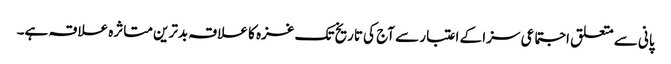
پانی سے متعلق اجتماعی سزا کے اعتبار سے آج کی تاریخ تک غزہ کا علاقہ بدترین متاثرہ علاقہ ہے۔